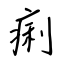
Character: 痢